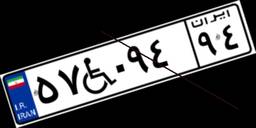
۵۷W۰۹۴۹۴